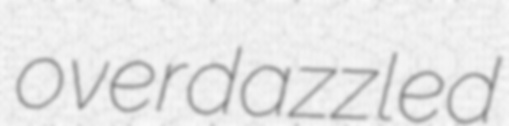
overdazzled